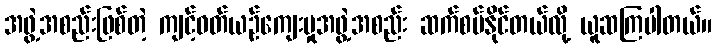
အဖွဲ့အစည်းဖြစ်တဲ့ ကျင့်ဝတ်ယဉ်ကျေးမှုအဖွဲ့အစည်း ဆက်စပ်နိုင်တယ်လို့ ယူဆကြပါတယ်။